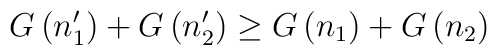
G\left( n_1^{\prime }\right) +G\left( n_2^{\prime }\right)\ge G\left( n_1\right) +G\left( n_2\right)